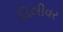
ડિલીવર